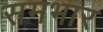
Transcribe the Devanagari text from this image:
समभार